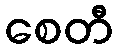
စေတီ